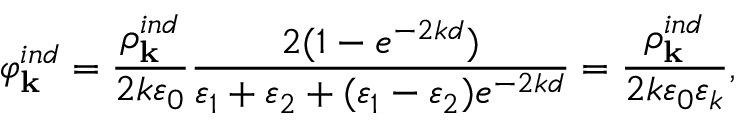
\varphi _ { \bf k } ^ { i n d } = \frac { \rho _ { \bf k } ^ { i n d } } { 2 k \varepsilon _ { 0 } } \frac { 2 ( 1 - e ^ { - 2 k d } ) } { \varepsilon _ { 1 } + \varepsilon _ { 2 } + ( \varepsilon _ { 1 } - \varepsilon _ { 2 } ) e ^ { - 2 k d } } = \frac { \rho _ { \bf k } ^ { i n d } } { 2 k \varepsilon _ { 0 } \varepsilon _ { k } } ,